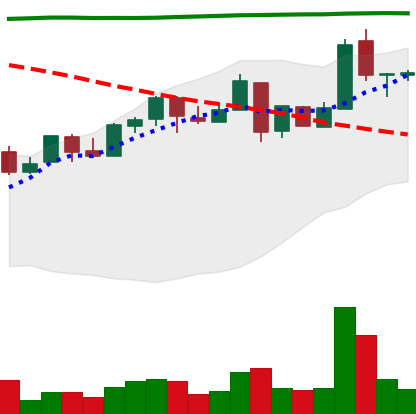
Ticker: NEO-USD
Chart end date: 2018-05-02
Forward return: -6.481%
Label: down_5_7